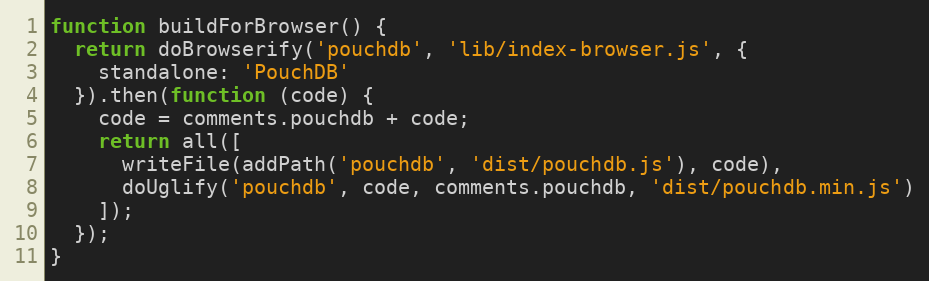
Language: JavaScript
function buildForBrowser() {
  return doBrowserify('pouchdb', 'lib/index-browser.js', {
    standalone: 'PouchDB'
  }).then(function (code) {
    code = comments.pouchdb + code;
    return all([
      writeFile(addPath('pouchdb', 'dist/pouchdb.js'), code),
      doUglify('pouchdb', code, comments.pouchdb, 'dist/pouchdb.min.js')
    ]);
  });
}